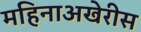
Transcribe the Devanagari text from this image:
महिनाअखेरीस